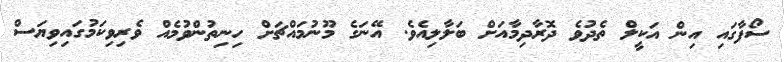
ސޯފާގައި އިން އަކީލް ތެދުވެ ދޮރާދިމާއަށް ބަލާލިއެވެ. އޭނަގެ މޫނުމައްޗަށް ހިނިތުންވުމެއް ވެރިވިކަމުގައިވިޔަސް